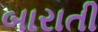
બારાતી